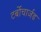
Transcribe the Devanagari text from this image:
टर्बोचार्जड